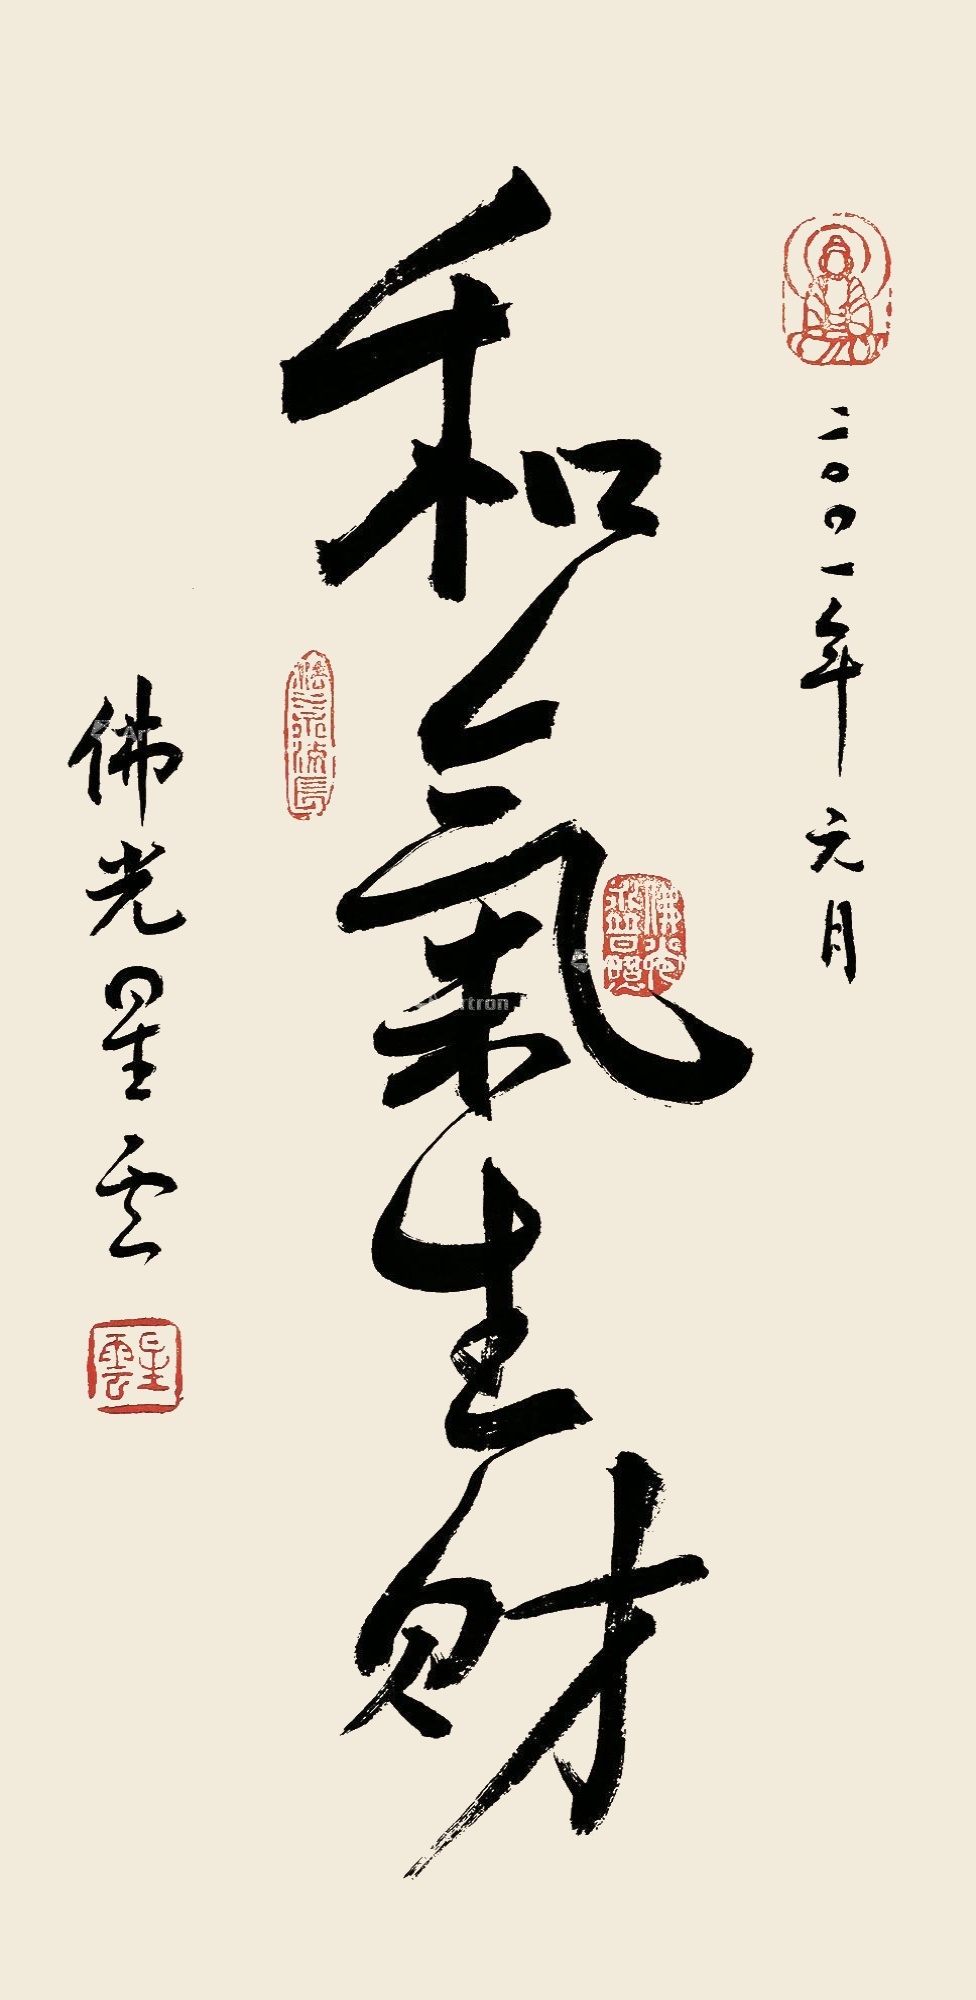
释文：和气生财。二〇〇一年元月，佛光星云。